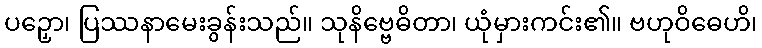
ပဉှော၊ ပြဿနာမေးခွန်းသည်။ သုနိဗ္ဗေဓိတာ၊ ယုံမှားကင်း၏။ ဗဟုဝိဓေဟိ၊